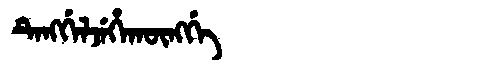
Manchu: ᡨᡝᠩᡤᡝᠯᠵᡝᡥᠠᡴᡡᠩᡤᡝ
Romanization: TENGGELJEHAKŪNGGE